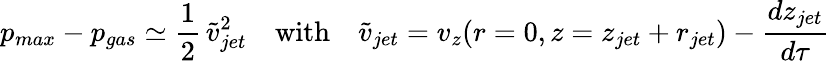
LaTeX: p_{max}-p_{gas}\simeq\frac{1}{2}\, \tilde{v}_{jet}^{2}\quad\mathrm{with}\quad\tilde{v}_{jet}=v_{z}(r=0,z=z_{jet}+r_{jet})-\frac{dz_{jet}}{d\tau}\,